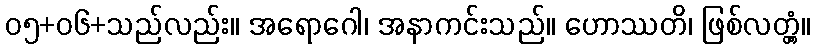
၀၅+၀၆+သည်လည်း။ အရောဂေါ၊ အနာကင်းသည်။ ဟောဿတိ၊ ဖြစ်လတ္တံ့။